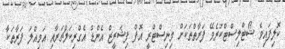
ކޮލިފައިވެ ޝޯޓްލިސްޓްކުރެވޭ ފަރާތްތަކަށް މިނިސްޓްރީ އޮފް ފިޝަރީޒް އެންޑް އެގްރިކަލްޗަރާއި އަމިއްލަ ފަރާތަކާ